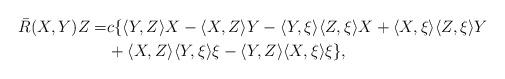
LaTeX: \begin{align*}\bar R(X,Y)Z=&c\{\langle Y, Z\rangle X-\langle X, Z\rangle Y-\langle Y,\xi\rangle\langle Z,\xi\rangle X+\langle X,\xi\rangle\langle Z,\xi\rangle Y\\ &+\langle X,Z\rangle\langle Y,\xi\rangle\xi-\langle Y,Z\rangle\langle X,\xi\rangle\xi\},\end{align*}